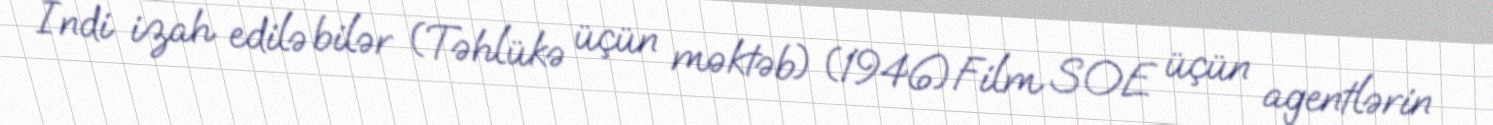
İndi izah edilə bilər (Təhlükə üçün məktəb) (1946)Film SOE üçün agentlərin